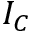
I _ { C }